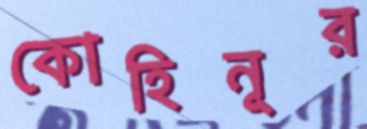
কোহিনূর